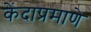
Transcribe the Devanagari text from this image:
केंदाप्रमाणे